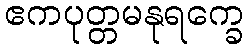
ဧကပုတ္တမနုရက္ခေ